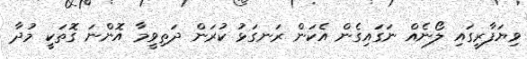
ވިޔަފާރީގައި ލޯނެއް ނަގައިގެން އެކަން ރަނގަޅު ކުރަން ދަތިވީމާ އޮންނަ ގޮތަކީ މުދާ